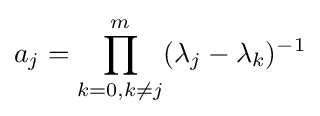
a_{j}=\prod _{k=0,k\neq j}^{m}(\lambda _{j}-\lambda _{k})^{-1}